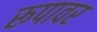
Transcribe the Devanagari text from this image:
रूपावर